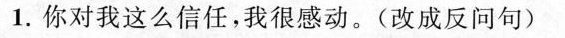
1.你对我这么信任，我很感动。(改成反问句)